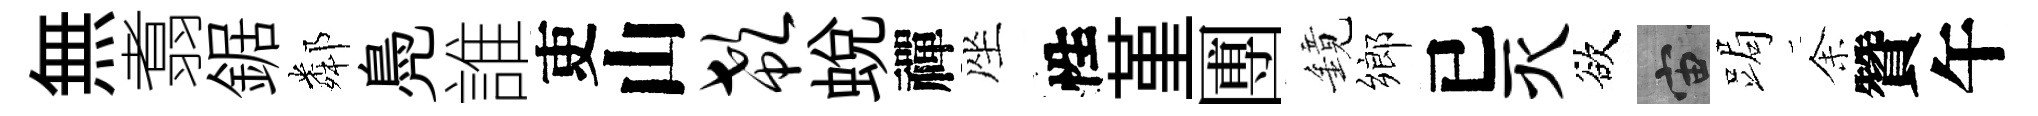
無翥鋸鄰鳧誰吏山欷蜕禪座性堇圑鏡鄉已灭欲宙跼𪜬贊午